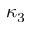
\kappa _ { 3 }